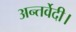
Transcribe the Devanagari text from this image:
अन्तर्वेदी।